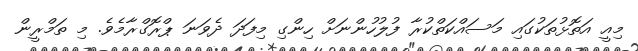
މިއީ އަތޮޅުތަކުގައި މަސައްކަތްކުރާ ފުލުހުންނަށް ހިންގި މިފަދަ ދެވަނަ ޕްރޮގްރާމެވެ. މި ތަމްރީން